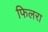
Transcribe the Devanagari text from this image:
फिलरा